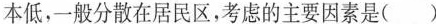
本低，一般分散在居民区，考虑的主要因素是（ ）